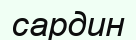
сардин